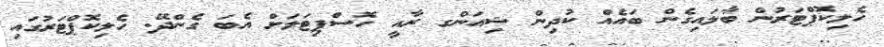
ހެލިކޮޕްޓަރުން ބާލައިގެން ބައެއް ކުދިން ޝިއަންގ ރާއީ ހޮސްޕިޓަލަށް އެބަ ގެންދޭ. ހެލިކޮޕްޓަރުގައި